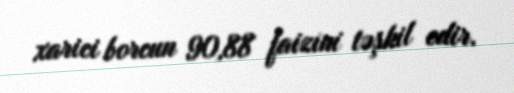
xarici borcun 90,88 faizini təşkil edir.